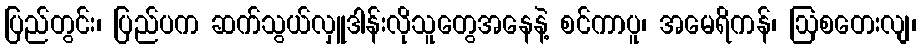
ပြည်တွင်း၊ ပြည်ပက ဆက်သွယ်လှူဒါန်းလိုသူတွေအနေနဲ့ စင်ကာပူ၊ အမေရိကန်၊ ဩစတေးလျ၊